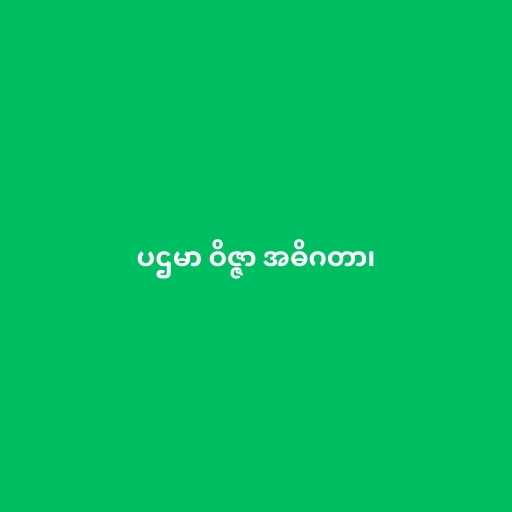
ပဌမာ ဝိဇ္ဇာ အဓိဂတာ၊